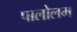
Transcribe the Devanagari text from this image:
पालोलम